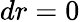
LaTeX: dr=0